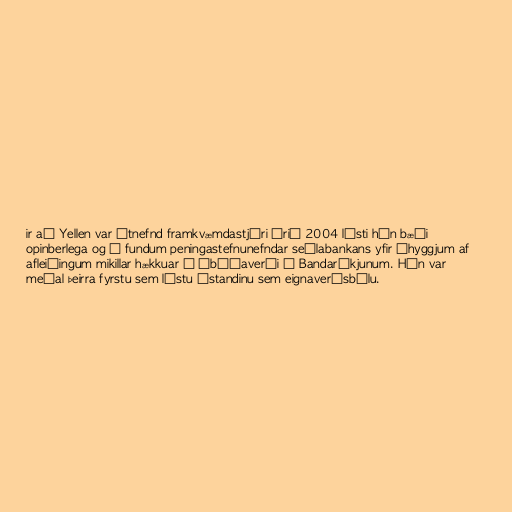
ir að Yellen var útnefnd framkvæmdastjóri árið 2004 lýsti hún bæði
opinberlega og á fundum peningastefnunefndar seðlabankans yfir áhyggjum af
afleiðingum mikillar hækkuar á íbúðaverði í Bandaríkjunum. Hún var
meðal þeirra fyrstu sem lýstu ástandinu sem eignaverðsbólu.